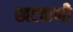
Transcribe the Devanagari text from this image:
खटवाणी